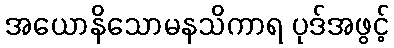
အယောနိသောမနသိကာရ ပုဒ်အဖွင့်